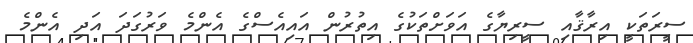
ސީރަތަކީ އިރާޤާއި ސީރިޔާގެ އަވަށްތަކުގެ އިތުރުން އައިއެސްގެ އެންމެ ވަރުގަދަ އަދި އެންމެ